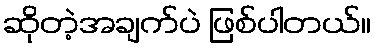
ဆိုတဲ့အချက်ပဲ ဖြစ်ပါတယ်။